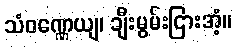
သံဝဏ္ဏေယျ၊ ချီးမွမ်းငြားအံ့။